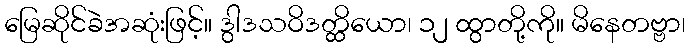
မြေဆိုင်ခဲအဆုံးဖြင့်။ ဒွါဒသဝိဒတ္ထိယော၊ ၁၂ ထွာတို့ကို။ မိနေတဗ္ဗာ၊